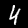
Digit: 4